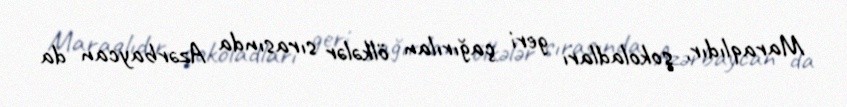
Maraqlıdır, şokoladları geri çağırılan ölkələr sırasında Azərbaycan da